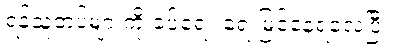
ရန်သူတပ်များကို ခပ်ရေး ရေးမြင်နေရလေပြီ။